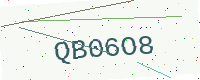
Text: QB06O8